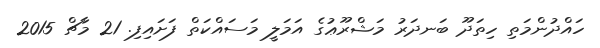
ހައްދުންމަތި ހިތަދޫ ބަނދަރު މަޝްރޫޢުގެ އަމަލީ މަސައްކަތް ފަށައިފި. 21 މާޗް 2015